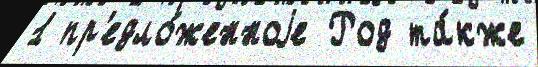
1 пр'едло́женноjе Род та́кже